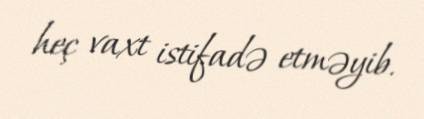
heç vaxt istifadə etməyib.